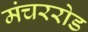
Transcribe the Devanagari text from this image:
मंचररोड